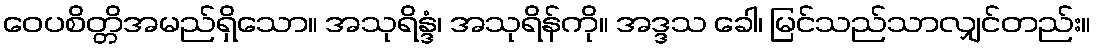
ဝေပစိတ္တိအမည်ရှိသော။ အသုရိန္ဒံ၊ အသုရိန်ကို။ အဒ္ဒသ ခေါ၊ မြင်သည်သာလျှင်တည်း။